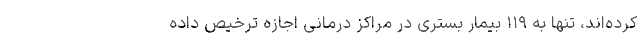
کرده‌اند، تنها به ۱۱۹ بیمار بستری در مراکز درمانی اجازه ترخیص داده